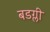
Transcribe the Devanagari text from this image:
बडग्ली